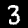
Label: 3